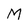
Character: M